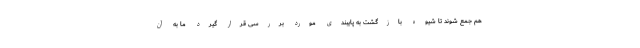
هم جمع شوند تا شیوه بازگشت به پایبندی مورد بررسی قرار گیرد ما به آن